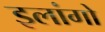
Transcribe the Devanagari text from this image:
इलांगो